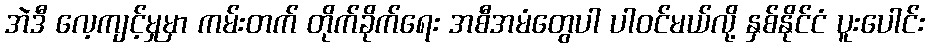
အဲဒီ လေ့ကျင့်မှုမှာ ကမ်းတက် တိုက်ခိုက်ရေး အစီအမံတွေပါ ပါဝင်မယ်လို့ နှစ်နိုင်ငံ ပူးပေါင်း